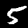
Label: 5